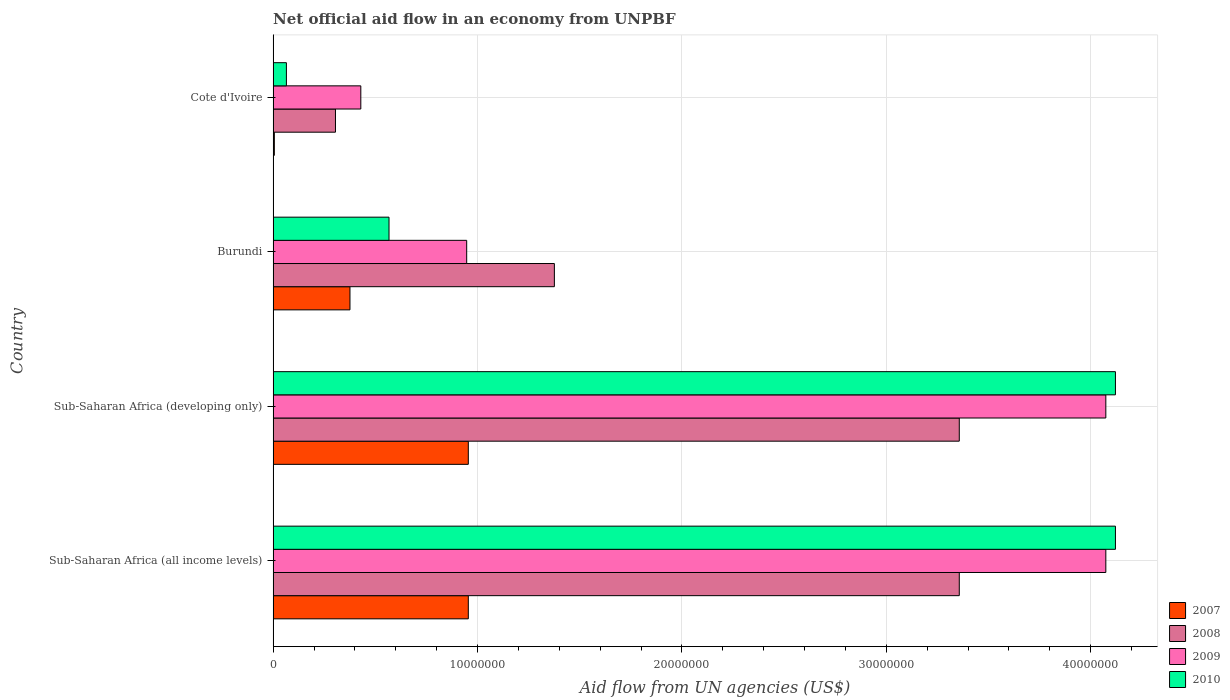
| Country | 2007 | 2008 | 2009 | 2010 |
 | --- | --- | --- | --- | --- |
 | Sub-Saharan Africa (all income levels) | 9.55e+06 | 3.36e+07 | 4.07e+07 | 4.12e+07 |
 | Sub-Saharan Africa (developing only) | 9.55e+06 | 3.36e+07 | 4.07e+07 | 4.12e+07 |
 | Burundi | 3.76e+06 | 1.38e+07 | 9.47e+06 | 5.67e+06 |
 | Cote d'Ivoire | 6e+04 | 3.05e+06 | 4.29e+06 | 6.5e+05 |